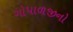
ગોપાળજીનો